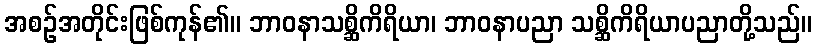
အစဉ်အတိုင်းဖြစ်ကုန်၏။ ဘာဝနာသစ္ဆိကိရိယာ၊ ဘာဝနာပညာ သစ္ဆိကိရိယာပညာတို့သည်။